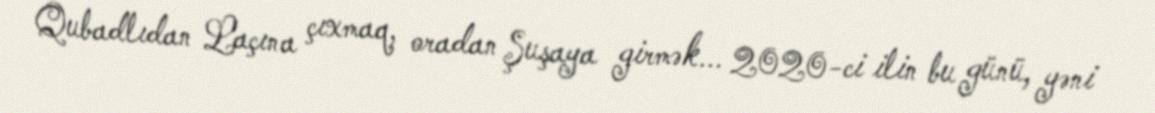
Qubadlıdan Laçına çıxmaq, oradan Şuşaya girmək... 2020-ci ilin bu günü, yəni